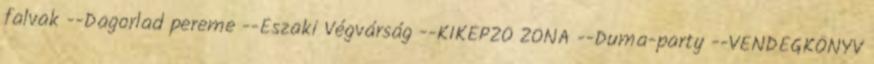
falvak --Dagorlad pereme --Északi Végvárság --KIKÉPZŐ ZÓNA --Duma-party --VENDÉGKÖNYV